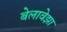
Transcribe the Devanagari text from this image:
बेलावेझा